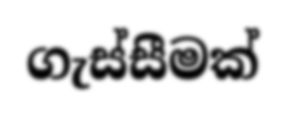
ගැස්සීමක්